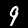
Digit: 9